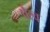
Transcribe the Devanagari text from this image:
पैरव